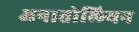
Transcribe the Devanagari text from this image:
अनातोलियन